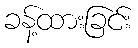
ခန့်ထားခြင်း